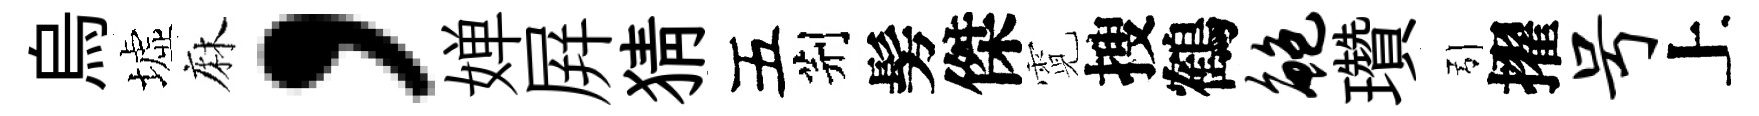
烏墟麻，婵屛猜五荆髣傑霓搜鶴鲍瓚引擢号上